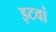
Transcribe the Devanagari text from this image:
इटवां